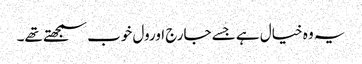
یہ وہ خیال ہے جسے جارج اورول خوب سمجھتے تھے۔